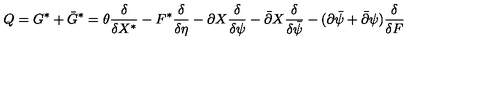
Q = G ^ { \ast } + \bar { G } ^ { \ast } = \theta { \frac { \delta } { \delta X ^ { \ast } } } - F ^ { \ast } { \frac { \delta } { \delta \eta } } - \partial X { \frac { \delta } { \delta \psi } } - \bar { \partial } X { \frac { \delta } { \delta \bar { \psi } } } - ( \partial \bar { \psi } + \bar { \partial } \psi ) { \frac { \delta } { \delta F } }